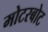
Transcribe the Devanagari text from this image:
मोटरबोट